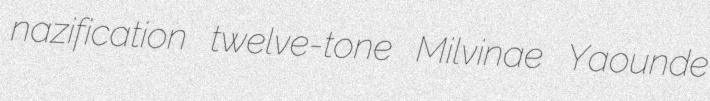
nazification twelve-tone Milvinae Yaounde